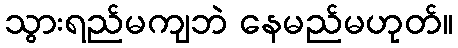
သွားရည်မကျဘဲ နေမည်မဟုတ်။